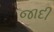
જાદી